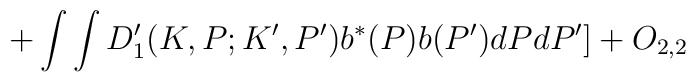
+\int \int D_{1}^{\prime }(K,P;K^{\prime },P^{\prime })b^{\ast}(P)b(P^{\prime })dPdP^{\prime }]+O_{2,2}